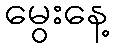
မွေးနေ့